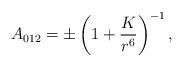
LaTeX: \begin{align*}A_{012}=\pm\left( 1+\frac{K}{r^6}\right) ^{-1},\end{align*}